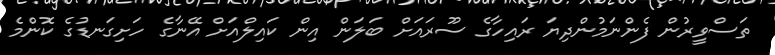
ތަސްވީރުން ފެންނަމުންދިޔަ ރައިހާގެ ސޫރަައަށް ބަލަން އިން ކައިލްއަށް އޭނާގެ ހަށިގަނޑުގެ ކޮންމެ